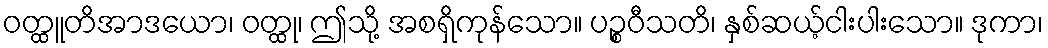
ဝတ္ထူတိအာဒယော၊ ဝတ္ထု၊ ဤသို့ အစရှိကုန်သော။ ပဉ္စဝီသတိ၊ နှစ်ဆယ့်ငါးပါးသော။ ဒုကာ၊